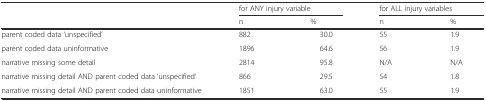
| <ROWSPAN=2>  | <COLSPAN=2> for ANY injury variable | <COLSPAN=2> for ALL injury variables |
 | n | % | n | % |
 | --- | --- | --- | --- | --- |
 | parent coded data ‘unspecified’ | 882 | 30.0 | 55 | 1.9 |
 | parent coded data uninformative | 1896 | 64.6 | 56 | 1.9 |
 | narrative missing some detail | 2814 | 95.8 | N/A | N/A |
 | narrative missing detail AND parent coded data ‘unspecified’ | 866 | 29.5 | 54 | 1.8 |
 | narrative missing detail AND parent coded data uninformative | 1851 | 63.0 | 55 | 1.9 |